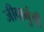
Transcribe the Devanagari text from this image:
जीवानुंची